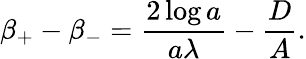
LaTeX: \beta_{+}-\beta_{-}=\frac{2\log a}{a\lambda}-\frac{D}{A}.